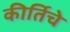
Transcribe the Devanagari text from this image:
कीर्तिचे